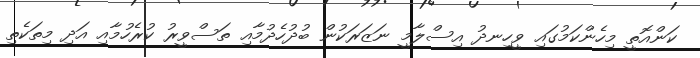
ކަންއޮތީ މިހެންކަމުގައި ވީހިނދު އިސްލާމީ ނަޒަރަކުން ބުދުހެދުމާއި ތަސްވީރު ކުރެހުމާއި އަދި މިތަކެތި